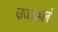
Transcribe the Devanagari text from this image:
उजाडलं